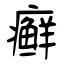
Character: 癣